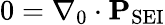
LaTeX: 0=\nabla_{0}\cdot\mathbf{P}_{\mathrm{SEI}}